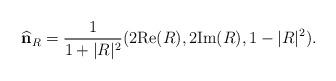
LaTeX: \begin{align*}\widehat{\bf n}_R=\frac{1}{1+\vert R\vert^2}(2{\rm Re}(R), 2{\rm Im}(R),1-\vert R\vert^2).\end{align*}